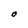
Character: O